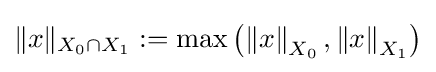
\|x\|_{X_{0}\cap X_{1}}:=\max \left(\left\|x\right\|_{X_{0}},\left\|x\right\|_{X_{1}}\right)